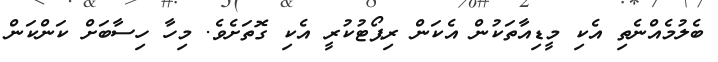
ބެލުމެއްނެތި އެކި މީޑިއާތަކުން އެކަން ރިޕޯޓުކުރީ އެކި ގޮތަށެވެ. މިހާ ހިސާބަށް ކަންކަން